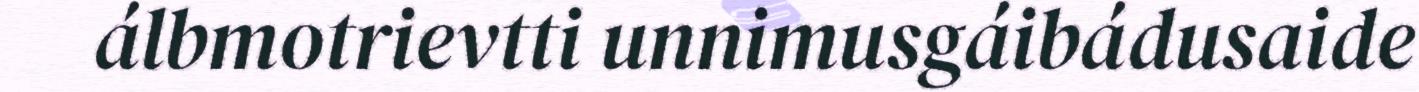
álbmotrievtti unnimusgáibádusaide